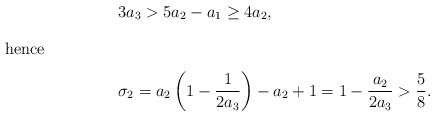
\begin{align*}&3a_3>5 a_2-a_1\ge 4a_2,\\\intertext{hence}&\sigma_2=a_2\left(1-\frac {1}{2a_3}\right)-a_2+1=1-\frac {a_2}{2a_3}>\frac 58.\end{align*}